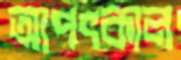
আপৎকাল